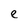
Character: e